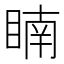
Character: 𥈶